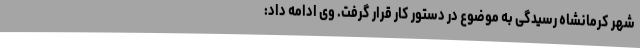
شهر کرمانشاه رسیدگی به موضوع در دستور کار قرار گرفت. وی ادامه داد: